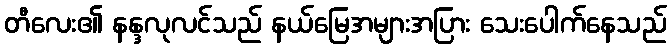
တီလေး၏ နန္ဒလုလင်သည် နယ်မြေအများအပြား သေးပေါက်နေသည်